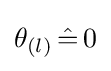
\theta _{(l)}\,{\hat {=}}\,0